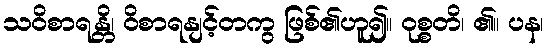
သဝိစာရန္တိ၊ ဝိစာရနျင့်တကွ ဖြစ်၏ဟူ၍။ ဝုစ္စတိ၊ ၏။ ပန၊